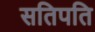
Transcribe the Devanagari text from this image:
सतिपति